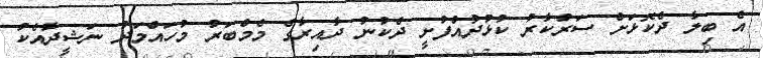
އެ ބިލާ ދެކޮޅަށް ސަރުކާރު ކުޅުދުއްފުށީ ދެކުނު ދާއިރާގެ މެމްބަރު މުހައްމަދު ނަޝީދާއެކު